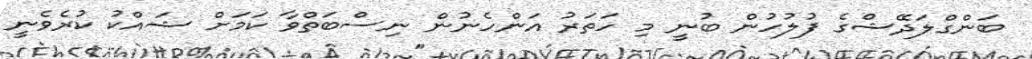
ބަންގްލަދޭޝްގެ ފުލުހުން ބުނީ މި ހަތަރު އަންހެނުން ނިސްބަތްވާ ކަމަށް ޝައްކު ކުރެވެނީ